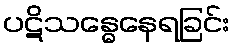
ပဋိသန္ဓေနေရခြင်း